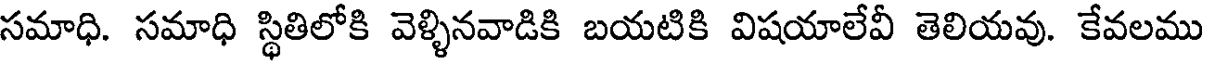
సమాధి. సమాధి స్థితిలోకి వెళ్ళినవాడికి బయటికి విషయాలేవీ తెలియవు. కేవలము